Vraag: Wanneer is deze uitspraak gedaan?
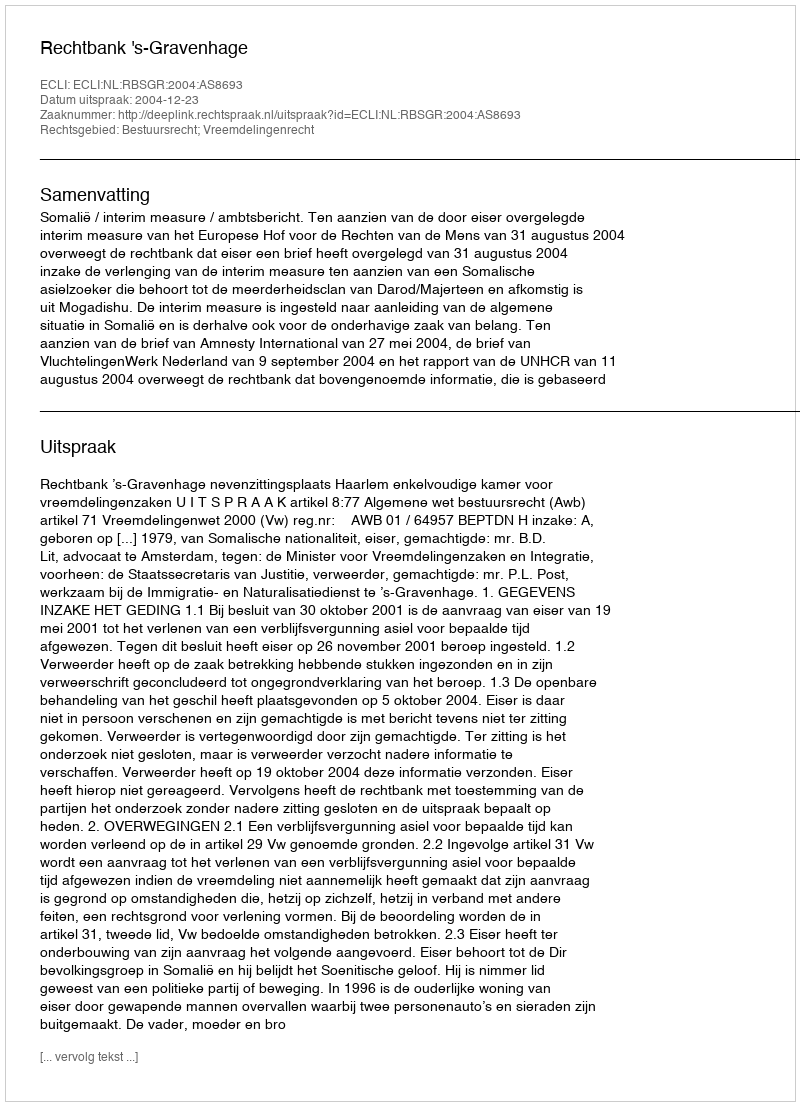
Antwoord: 2004-12-23